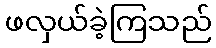
ဖလှယ်ခဲ့ကြသည်